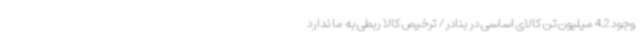
وجود 4.2 میلیون تن کالای اساسی در بنادر/ ترخیص کالا ربطی به ما ندارد